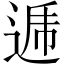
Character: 逓